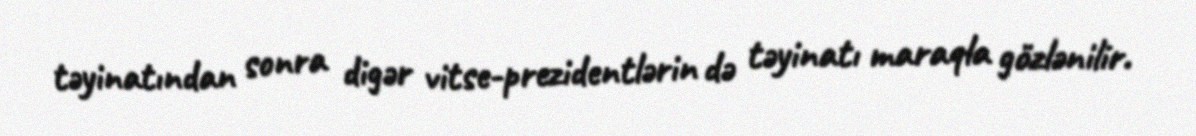
təyinatından sonra digər vitse-prezidentlərin də təyinatı maraqla gözlənilir.